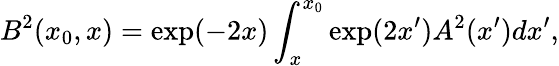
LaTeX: B^{2}(x_{0},x)=\exp(-2x)\int_{x}^{x_{0}}\exp(2x^{\prime})A^{2}(x^{\prime})dx^{\prime},